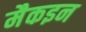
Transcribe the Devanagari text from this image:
मैकइन